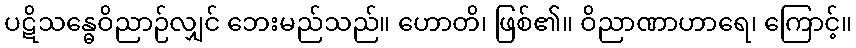
ပဋိသန္ဓေဝိညာဉ်လျှင် ဘေးမည်သည်။ ဟောတိ၊ ဖြစ်၏။ ဝိညာဏာဟာရေ၊ ကြောင့်။